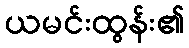
ယမင်းထွန်း၏